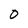
Character: 0